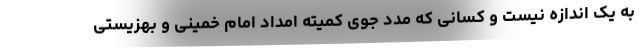
به یک اندازه نیست و کسانی که مدد جوی کمیته امداد امام خمینی و بهزیستی